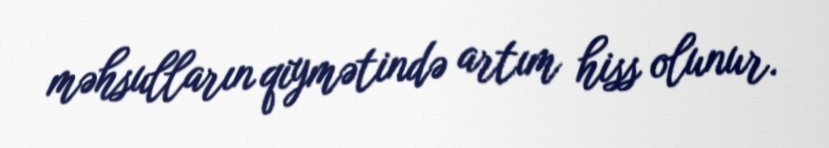
məhsulların qiymətində artım hiss olunur.